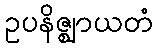
ဥပနိဇ္ဈာယတံ